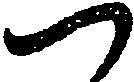
つ